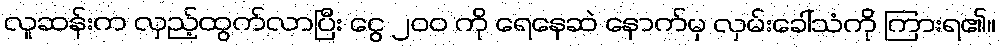
လူဆန်းက လှည့်ထွက်လာပြီး ငွေ ၂၀၀ ကို ရေနေဆဲ နောက်မှ လှမ်းခေါ်သံကို ကြားရ၏။